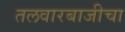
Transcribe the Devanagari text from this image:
तलवारबाजीचा